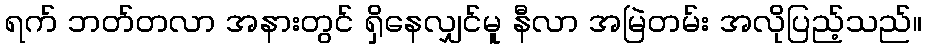
ရက် ဘတ်တလာ အနားတွင် ရှိနေလျှင်မူ နီလာ အမြဲတမ်း အလိုပြည့်သည်။